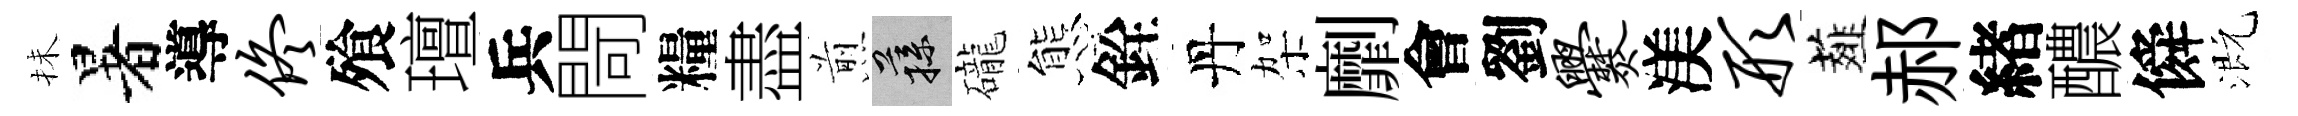
抺暑導佟飱璮兵閜糧盡煎蓀礲態銓丹架劘會劉爨渼形薤郝緖醲僢溉